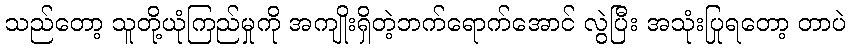
သည်တော့ သူတို့ယုံကြည်မှုကို အကျိုးရှိတဲ့ဘက်ရောက်အောင် လွဲပြီး အသုံးပြုရတော့ တာပဲ